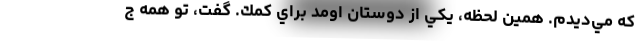
كه مي‌ديدم. همين لحظه، يكي از دوستان اومد براي كمك. گفت، تو همه ج